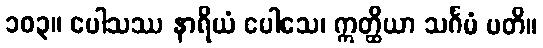
၁၀၃။ ပေါသဿ နာရိယံ ပေါသေ၊ ဣတ္ထိယာ သင်္ဂမံ ပတိ။